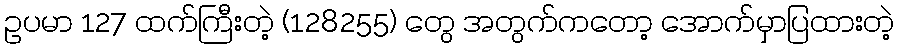
ဥပမာ 127 ထက်ကြီးတဲ့ (128255) တွေ အတွက်ကတော့ အောက်မှာပြထားတဲ့